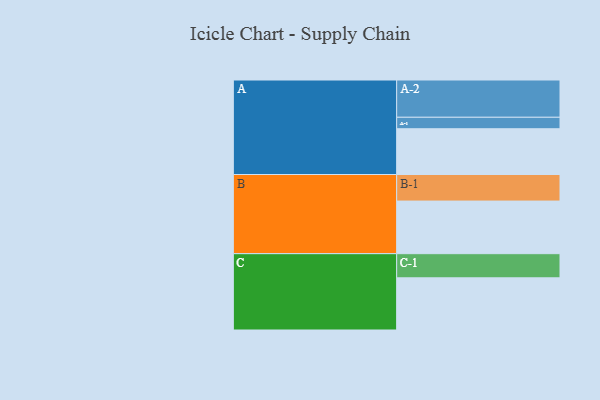
{"axis": {"x": "Segment", "y": "Value"}, "legend": ["", "A", "B", "C"], "data": [{"x": "A", "y": 307, "type": ""}, {"x": "B", "y": 353, "type": ""}, {"x": "C", "y": 350, "type": ""}, {"x": "A-1", "y": 77, "type": "A"}, {"x": "A-2", "y": 250, "type": "A"}, {"x": "B-1", "y": 178, "type": "B"}, {"x": "C-1", "y": 162, "type": "C"}]}